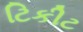
ટિકીટ